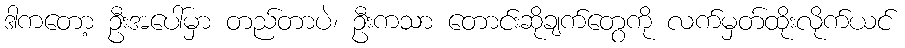
ဒါကတော့ ဦးအပေါ်မှာ တည်တာပဲ၊ ဦးကသာ တောင်းဆိုချက်တွေကို လက်မှတ်ထိုးလိုက်ယင်